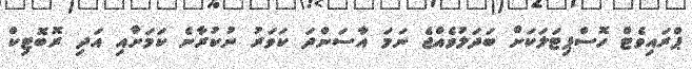
ޕްރައިވެޓް ހޮސްޕިޓަލަކަށް ބަދަލުވެއްޖެ ނަމަ އާސަންދަ ކަވަރު ނުކުރާނެ ކަމަށާއި އަދި ރޮބޮޓިކް